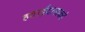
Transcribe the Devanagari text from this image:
हवाईदलाकडे